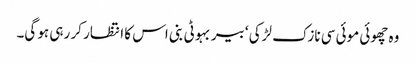
وہ چھوئی موئی سی نازک لڑکی ‘ بیر بہوٹی بنی اس کا انتظار کر رہی ہو گی۔